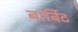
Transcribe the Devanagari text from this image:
बार्बिट